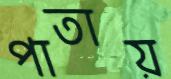
পাতায়